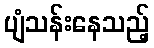
ပျံသန်းနေသည့်